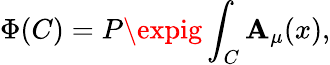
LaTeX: \Phi(C)=P\expig\int_{C}\mathbf{A}_{\mu}(x),